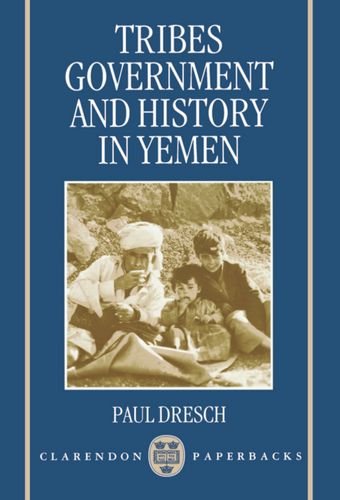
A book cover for Tribes, Government, and History in Yemen (Clarendon Paperbacks); Paul Dresch; History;